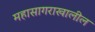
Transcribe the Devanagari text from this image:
महासागराखालील